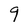
Character: g